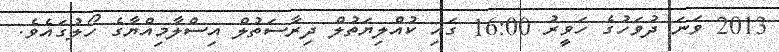
2013 ވަނަ ދުވަހުގެ ހަވީރު 16:00 ގައި ކުއްލިޔަތުލް ދިރާސަތުލް އިސްލާމިއްޔާގެ ހޯލުގައެވެ.